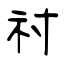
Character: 祔